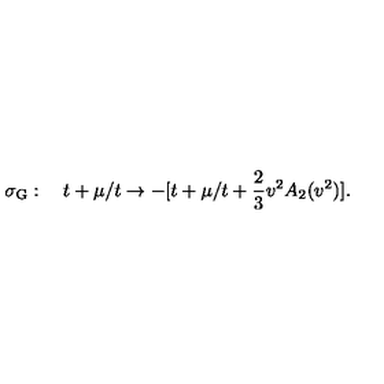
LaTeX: \sigma _ { \mathrm G } : \quad t + \mu / t \to - [ t + \mu / t + \frac { 2 } { 3 } v ^ { 2 } A _ { 2 } ( v ^ { 2 } ) ] .